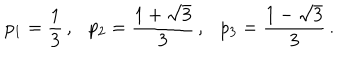
p _ { 1 } = \frac { 1 } { 3 } \, , p _ { 2 } = \frac { 1 + \sqrt { 3 } } { 3 } \, , p _ { 3 } = \frac { 1 - \sqrt { 3 } } { 3 } \, .